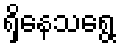
ရှိနေသရွေ့